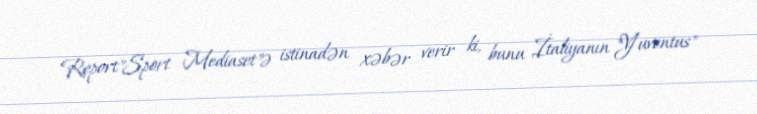
Report"Sport Mediaset"ə istinadən xəbər verir ki, bunu İtaliyanın "Yuventus"